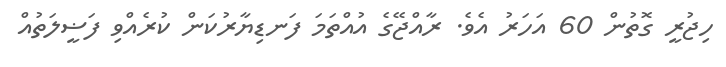
ހިޖުރީ ގޮތުން 60 އަހަރު އެވެ. ރާއްޖޭގެ އުއްތަމަ ފަނޑިޔާރުކަން ކުރެއްވި ފަޟީލަތުއް